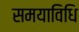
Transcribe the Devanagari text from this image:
समयाविधि